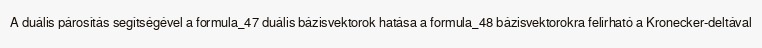
A duális párosítás segítségével a formula_47 duális bázisvektorok hatása a formula_48 bázisvektorokra felírható a Kronecker-deltával